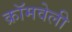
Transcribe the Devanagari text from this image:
क्रॉमवेली